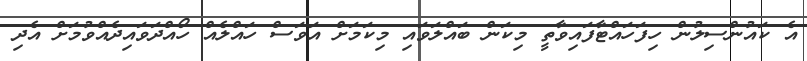
އެ ކައުންސިލުން ހިފަހައްޓާފައިވާތީ މިކަން ބައްލަވައި މިކަމަށް އަވަސް ހައްލެއް ހޯއްދަވައިދެއްވުމަށް އެދި